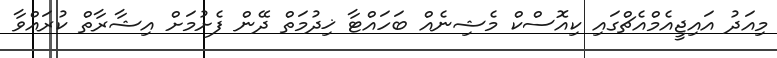
މިއަދު އައިޖީއެމްއެޗްގައި ކިއޮސްކް މެޝިނެއް ބަހައްޓާ ޚިދުމަތް ދޭން ފެށުމަށް އިޝާރާތް ކުރައްވާ